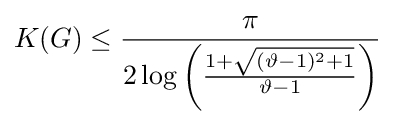
K(G)\leq {\frac {\pi }{2\log \left({\frac {1+{\sqrt {(\vartheta -1)^{2}+1}}}{\vartheta -1}}\right)}}